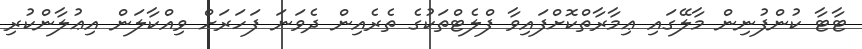
ޓާޓާ ކުންފުނިން މާލޭގައި ޢިމާރާތްކޮށްފައިވާ ފްލެޓްތަކުގެ ތެރެއިން ދެވަނަ ފަހަރަށް ވިއްކާލަން އިޢުލާންކުރި